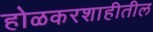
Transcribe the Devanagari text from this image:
होळकरशाहीतील